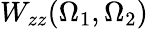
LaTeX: W_{zz}(\Omega_{1},\Omega_{2})